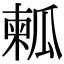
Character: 㼑